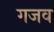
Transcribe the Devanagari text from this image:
गजव